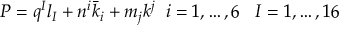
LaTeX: P = q ^ { I } l _ { I } + n ^ { i } { \bar { k } } _ { i } + m _ { j } k ^ { j } \; \; i = 1 , \dots , 6 \; \; \; I = 1 , \dots , 1 6